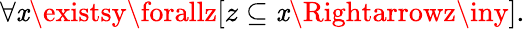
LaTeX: \forall\mathit{x}\existsy\forallz[z\subseteq\mathit{x}\Rightarrowz\iny].